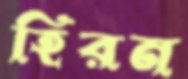
হিরন